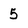
Character: 5